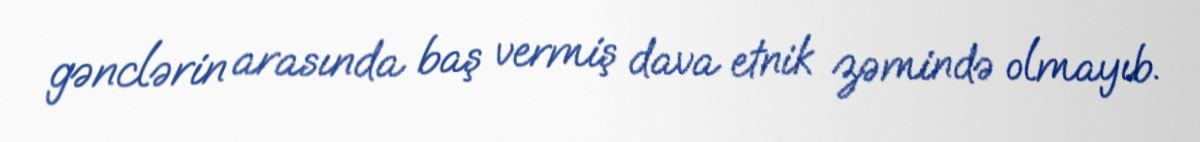
gənclərin arasında baş vermiş dava etnik zəmində olmayıb.